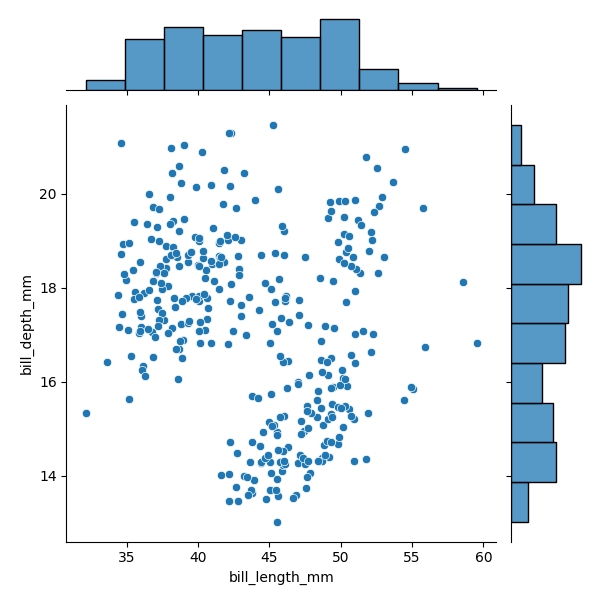
python, seaborn, JointGrid, scatterplot, histplot